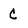
Character: C